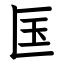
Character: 匤